Vaccination in Bombay 1869-1873 - 1869-1873
Year: 1869
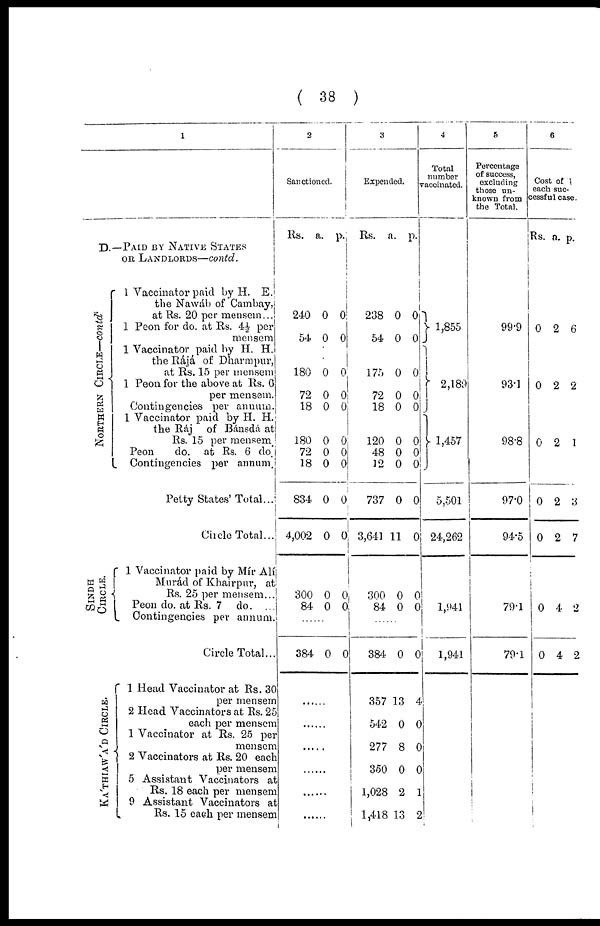
( 38 )
1
D.—PAID BY NATIVE STATES
OR LANDLORDS—contd.
NORTHERN CIRCLE—contd.
SINDH
CIRCLE.
KA'THIAW'A'D CIRCLE.
1 Vaccinator paid by H. E.
the Nawáb of Cambay,
at Rs. 20 per mensem...
1 Peon for do. at Rs. 4½ per
mensem
1 Vaccinator paid by H. H.
the Rájá of Dharmpur,
at Rs. 15 per mensem
1 Peon for the above at Rs. 6
per mensem.
Contingencies per annum.
1 Vaccinator paid by H. H.
the Ráj of Bánsdá at
Rs. 15 per mensem.
Peon
do. at Rs. 6 do.
Contingencies per annum.
Petty States' Total...
Circle Total...
1 Vaccinator paid by Mír Alí
Murád of Khairpur, at
Rs. 25 per mensem...
Peon do. at Rs. 7 do. ...
Contingencies per annum.
Circle Total...
1 Head Vaccinator at Rs. 30
per mensem
2 Head Vaccinators at Rs. 25
each per mensem
1 Vaccinator at Rs. 25 per
mensem
2 Vaccinators at Rs. 20 each
per mensem
5 Assistant Vaccinators at
Rs. 18 each per mensem
9 Assistant Vaccinators at
Rs. 15 each per mensem
2
Sanctioned.
Rs.
a. p.
240
54
180
72
18
180
72
18
834
4,002
300
84
0
0
0
0
0
0
0
0
0
0
0
0
0
0
0
0
0
0
0
0
0
0
0
0
......
384 0 0
......
......
......
......
......
......
3
Expended.
Rs. a. p.
238
54
175
72
18
120
48
12
737
3,641
300
84
0
0
0
0
0
0
0
0
0
11
0
0
0
0
0
0
0
0
0
0
0
0
0
0
......
384
357
542
277
350
1,028
1,418
0
13
0
8
0
2
13
0
4
0
0
0
1
2
4
Total
number
vaccinated.
1,855
2,189
1,457
5,501
24,262
1,941
1,941
5
Percentage
of success,
excluding
those un-
known from
the Total.
99.9
93.1
98.8
97.0
94.5
79.1
79.1
6
Cost of
each suc-
cessful case.
Rs. a. p.
0
0
0
0
0
0
0
2
2
2
2
2
4
4
6
2
1
3
7
2
2